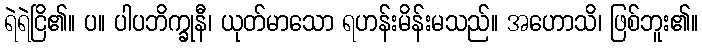
ရဲရဲငြိ၏။ ပ။ ပါပဘိက္ခုနီ၊ ယုတ်မာသော ရဟန်းမိန်းမသည်။ အဟောသိ၊ ဖြစ်ဘူး၏။